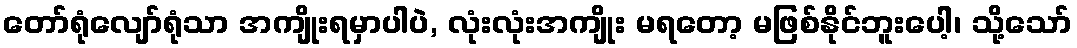
တော်ရုံလျော်ရုံသာ အကျိုးရမှာပါပဲ, လုံးလုံးအကျိုး မရတော့ မဖြစ်နိုင်ဘူးပေါ့၊ သို့သော်